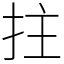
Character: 拄